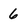
Character: 6